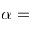
\alpha =